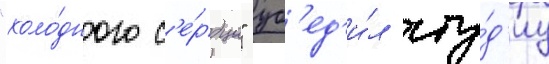
"холо́дного с'е́рдца" уб'ед'и́л сту́д'иу